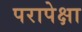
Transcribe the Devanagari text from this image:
परापेक्षा